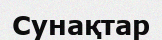
Сунақтар